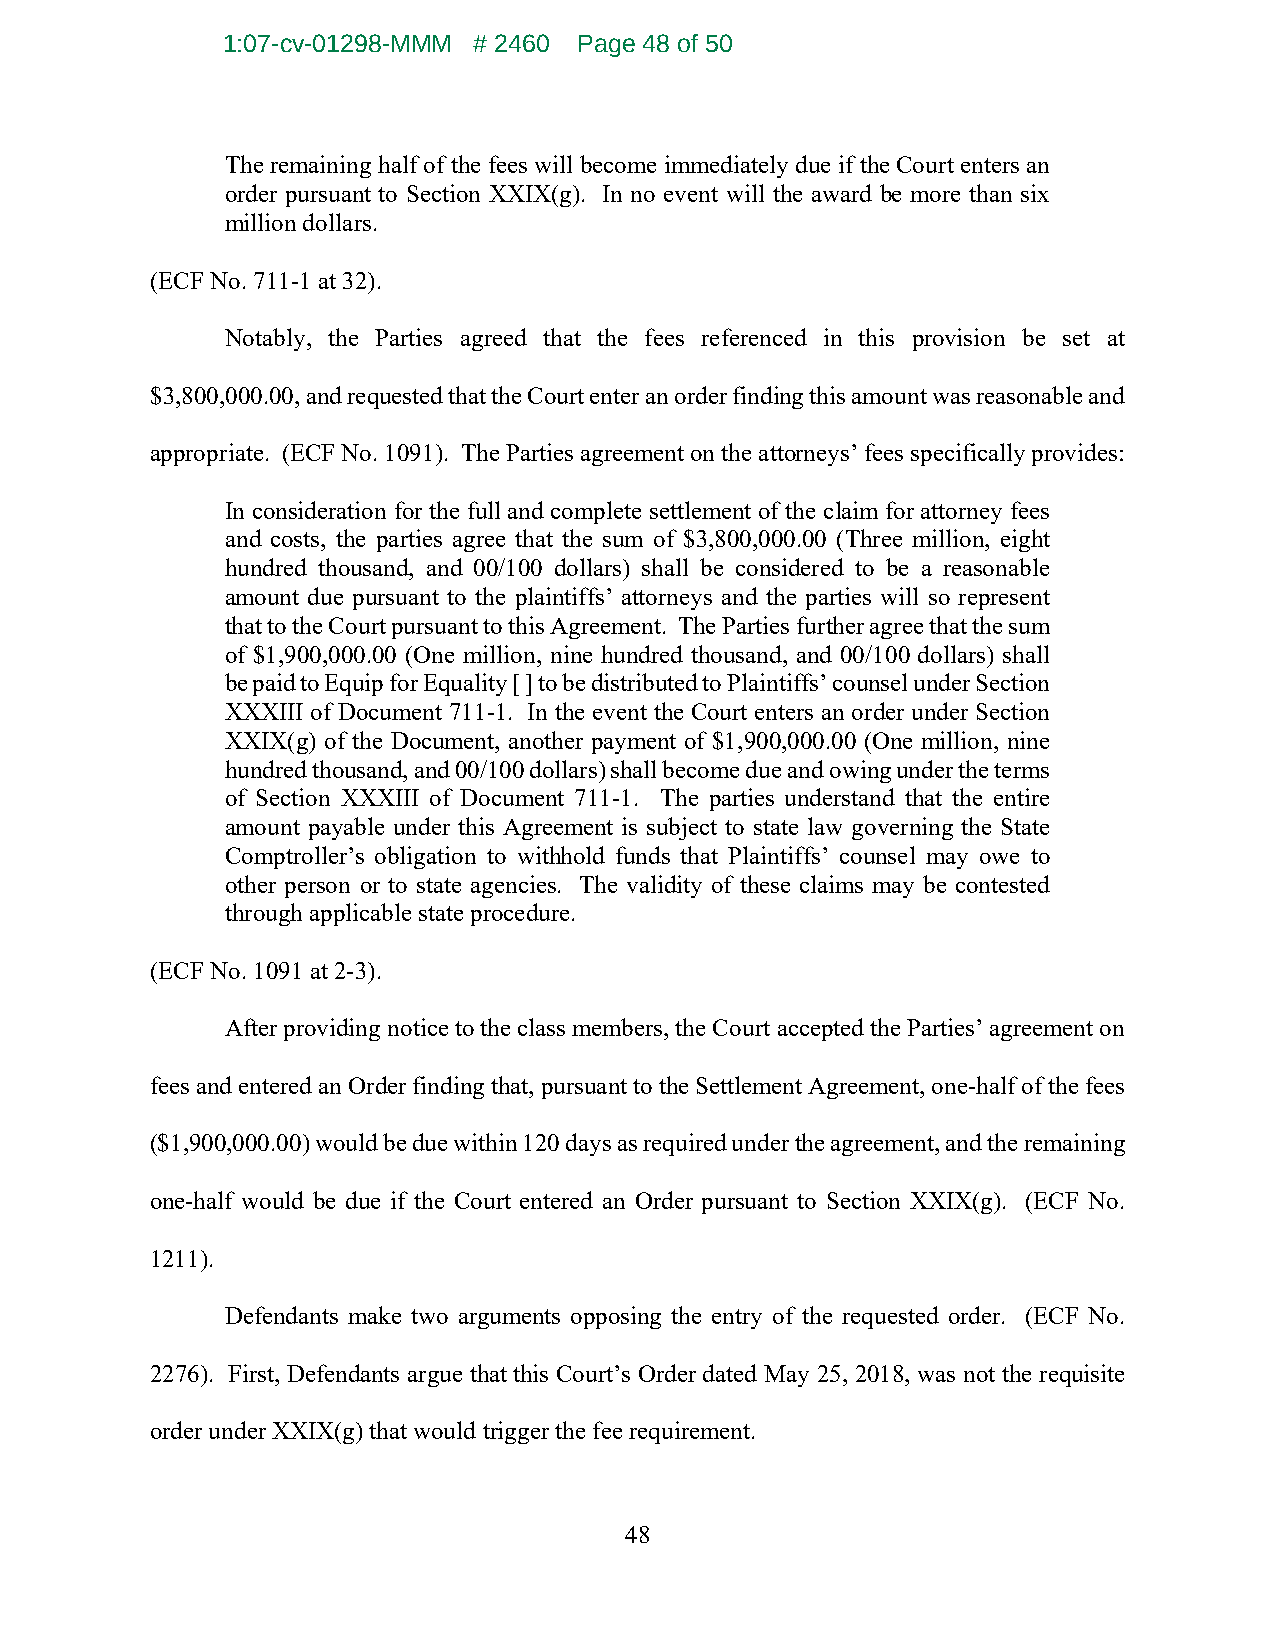
1:07-cv-01298-MMM # 2460 Page 48 of 50
 The remaining half of the fees will become immediately due if the Court enters an
 order pursuant to Section XXIX(g). In no event will the award be more than six
 million dollars.
 (ECF No. 711-1 at 32).
 Notably, the Parties agreed that the fees referenced in this provision be set at
 $3,800,000.00, and requested that the Court enter an order finding this amount was reasonable and
 appropriate. (ECF No. 1091). The Parties agreement on the attorneys’ fees specifically provides:
 In consideration for the full and complete settlement of the claim for attorney fees
 and costs, the parties agree that the sum of $3,800,000.00 (Three million, eight
 hundred thousand, and 00/100 dollars) shall be considered to be a reasonable
 amount due pursuant to the plaintiffs’ attorneys and the parties will so represent
 that to the Court pursuant to this Agreement. The Parties further agree that the sum
 of $1,900,000.00 (One million, nine hundred thousand, and 00/100 dollars) shall
 be paid to Equip for Equality [ ] to be distributed to Plaintiffs’ counsel under Section
 XXXIII of Document 711-1. In the event the Court enters an order under Section
 XXIX(g) of the Document, another payment of $1,900,000.00 (One million, nine
 hundred thousand, and 00/100 dollars) shall become due and owing under the terms
 of Section XXXIII of Document 711-1. The parties understand that the entire
 amount payable under this Agreement is subject to state law governing the State
 Comptroller’s obligation to withhold funds that Plaintiffs’ counsel may owe to
 other person or to state agencies. The validity of these claims may be contested
 through applicable state procedure.
 (ECF No. 1091 at 2-3).
 After providing notice to the class members, the Court accepted the Parties’ agreement on
 fees and entered an Order finding that, pursuant to the Settlement Agreement, one-half of the fees
 ($1,900,000.00) would be due within 120 days as required under the agreement, and the remaining
 one-half would be due if the Court entered an Order pursuant to Section XXIX(g). (ECF No.
 1211).
 Defendants make two arguments opposing the entry of the requested order. (ECF No.
 2276). First, Defendants argue that this Court’s Order dated May 25, 2018, was not the requisite
 order under XXIX(g) that would trigger the fee requirement.
 48